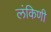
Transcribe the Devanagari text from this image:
लंकिणी